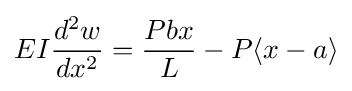
EI{\dfrac {d^{2}w}{dx^{2}}}={\dfrac {Pbx}{L}}-P\langle x-a\rangle